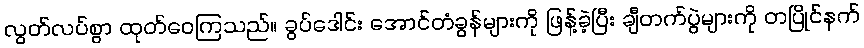
လွတ်လပ်စွာ ထုတ်ဝေကြသည်။ ခွပ်ဒေါင်း အောင်တံခွန်များကို ဖြန့်ခဲ့ပြီး ချီတက်ပွဲများကို တပြိုင်နက်